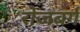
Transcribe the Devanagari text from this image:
रोजबर्ग